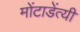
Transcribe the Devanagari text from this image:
मोंटाडेंत्यी